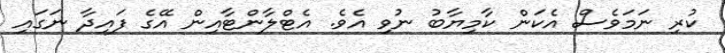
ކުރި ނަމަވެސް އެކަން ކާމިޔާބު ނުވި އެވެ. އެޓްލާންޓާއިން އޭގެ ފައިދާ ނަގައި